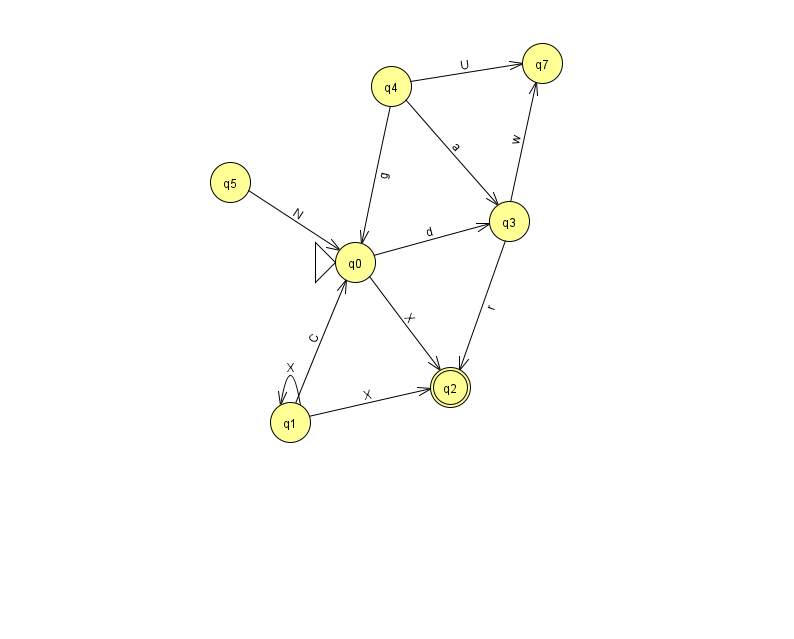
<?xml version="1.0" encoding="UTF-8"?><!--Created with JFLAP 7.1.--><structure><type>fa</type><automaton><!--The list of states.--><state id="0" name="q0"><x>355.0</x><y>249.0</y><initial/></state><state id="1" name="q1"><x>290.0</x><y>409.0</y></state><state id="2" name="q2"><x>450.0</x><y>374.0</y><final/></state><state id="3" name="q3"><x>509.0</x><y>208.0</y></state><state id="4" name="q4"><x>391.0</x><y>73.0</y></state><state id="5" name="q5"><x>230.0</x><y>169.0</y></state><state id="7" name="q7"><x>542.0</x><y>50.0</y></state><!--The list of transitions.--><transition><from>1</from><to>2</to><read>X</read></transition><transition><from>3</from><to>2</to><read>r</read></transition><transition><from>0</from><to>3</to><read>d</read></transition><transition><from>3</from><to>7</to><read>w</read></transition><transition><from>1</from><to>1</to><read>X</read></transition><transition><from>5</from><to>0</to><read>N</read></transition><transition><from>4</from><to>0</to><read>g</read></transition><transition><from>4</from><to>3</to><read>a</read></transition><transition><from>4</from><to>7</to><read>U</read></transition><transition><from>1</from><to>0</to><read>C</read></transition><transition><from>0</from><to>2</to><read>X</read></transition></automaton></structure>